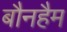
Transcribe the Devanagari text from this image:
बौनहैम